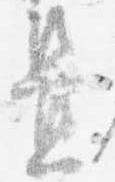
置